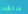
ستقدر